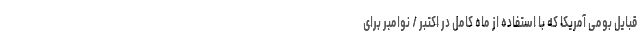
قبایل بومی آمریکا که با استفاده از ماه کامل در اکتبر / نوامبر برای